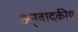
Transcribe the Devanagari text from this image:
अनुवादकीय